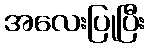
အလေးပြုပြီး